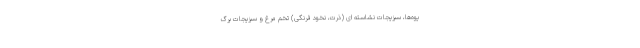
یوه‌ها، سبزیجات نشاسته ای (ذرت، نخود فرنگی) تخم مرغ و سبزیجات برگ